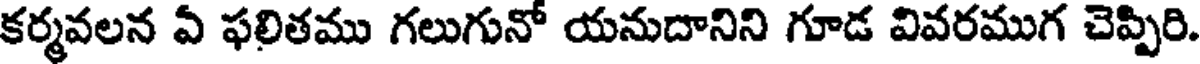
కర్మవలన ఏ ఫలితము గలుగునో యనుదానిని గూడ వివరముగ చెప్పిరి.